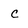
Character: C